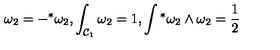
\omega _ { 2 } = - { } ^ { * } \omega _ { 2 } , \int _ { { \cal C } _ { 1 } } \omega _ { 2 } = 1 , \int { } ^ { * } \omega _ { 2 } \wedge \omega _ { 2 } = \frac { 1 } { 2 }